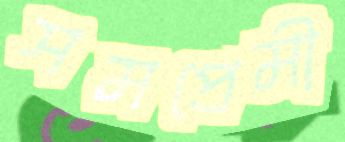
সমপ্রেমী